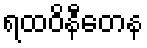
ရထဝိနီတေန